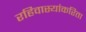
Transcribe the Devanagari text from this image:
रहिवास्यांकरिता